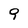
Character: 9